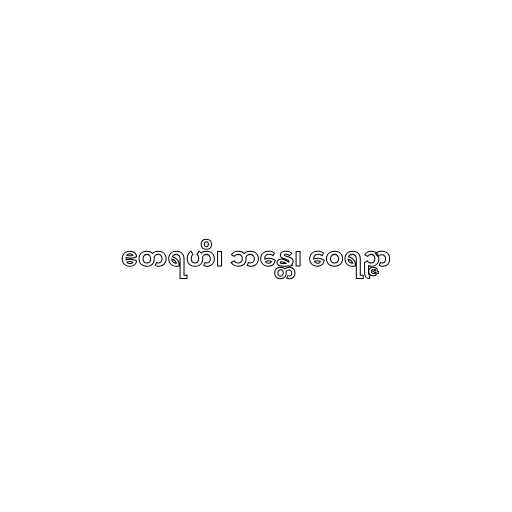
ဧတရဟိ၊ ဘန္တေ၊ ဝေရဉ္ဇာ